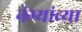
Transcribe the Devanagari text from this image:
नंग्यांच्या